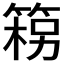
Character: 𮅦